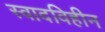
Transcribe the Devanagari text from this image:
स्वादविहीन